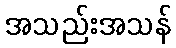
အသည်းအသန်